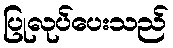
ပြုလုပ်ပေးသည်